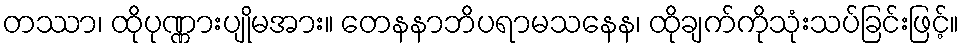
တဿာ၊ ထိုပုဏ္ဏားပျိုမအား။ တေနနာဘိပရာမသနေန၊ ထိုချက်ကိုသုံးသပ်ခြင်းဖြင့်။